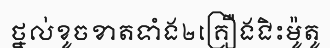
ថ្នល់ខូចខាតទាំង២គ្រឿងជិះម៉ូតូ